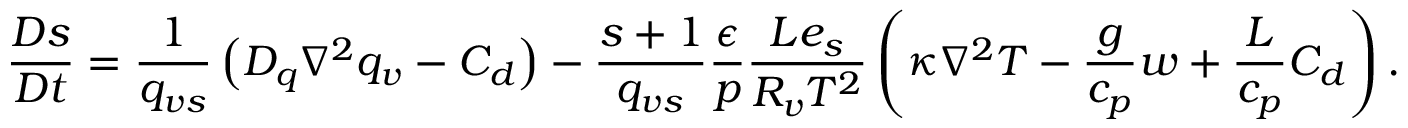
\frac { D s } { D t } = \frac { 1 } { q _ { v s } } \left( D _ { q } \nabla ^ { 2 } q _ { v } - C _ { d } \right) - \frac { s + 1 } { q _ { v s } } \frac { \epsilon } { p } \frac { L e _ { s } } { R _ { v } T ^ { 2 } } \left( \kappa \nabla ^ { 2 } T - \frac { g } { c _ { p } } w + \frac { L } { c _ { p } } C _ { d } \right) .